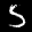
Label: 5